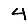
Digit: 4